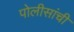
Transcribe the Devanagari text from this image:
पोलीसांची